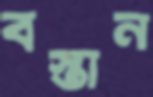
বস্তান